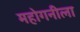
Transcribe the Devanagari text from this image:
महोगनीला